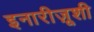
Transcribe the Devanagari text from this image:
इनारीज़ूशी